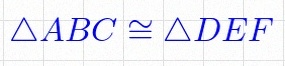
\triangle ABC\cong\triangle DEF